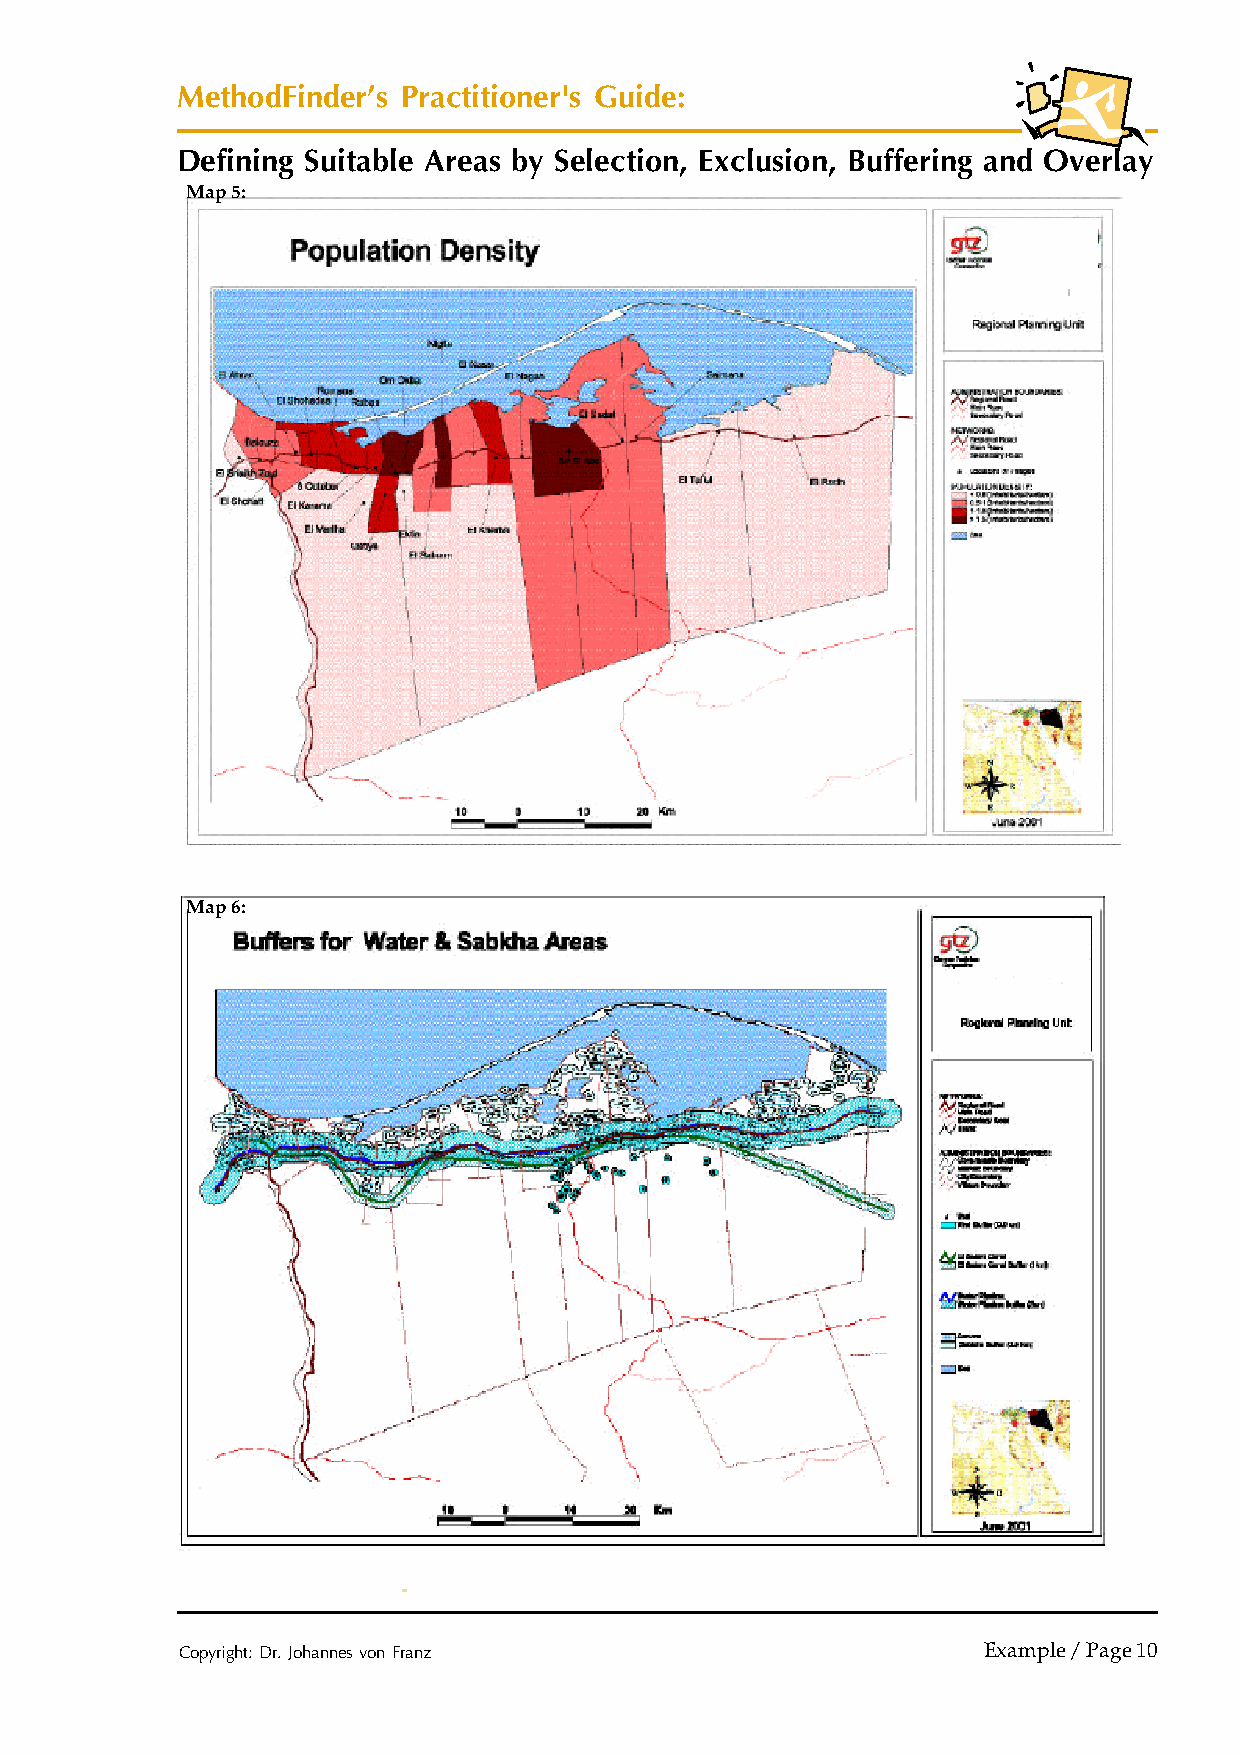
MethodFinder’s Practitioner's Guide:
 Defining Suitable Areas by Selection, Exclusion, Buffering and Overlay
 Map 5:
 Map 6:
 Copyright: Dr. Johannes von Franz                    Example / Page 10